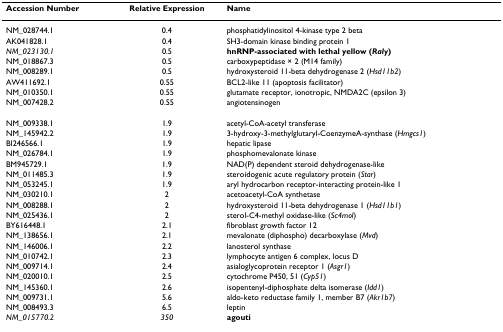
<table><thead><tr><td><b>Accession Number</b></td><td><b>Relative Expression</b></td><td><b>Name</b></td></tr></thead><tbody><tr><td>NM_028744.1</td><td>0.4</td><td>phosphatidylinositol 4-kinase type 2 beta</td></tr><tr><td>AK041828.1</td><td>0.4</td><td>SH3-domain kinase binding protein 1</td></tr><tr><td><i>NM_023130.1</i></td><td>0.5</td><td><b>hnRNP-associated with lethal yellow (<i>Raly</i>)</b></td></tr><tr><td>NM_018867.3</td><td>0.5</td><td>carboxypeptidase × 2 (M14 family)</td></tr><tr><td>NM_008289.1</td><td>0.5</td><td>hydroxysteroid 11-beta dehydrogenase 2 (<i>Hsd11b2</i>)</td></tr><tr><td>AW411692.1</td><td>0.55</td><td>BCL2-like 11 (apoptosis facilitator)</td></tr><tr><td>NM_010350.1</td><td>0.55</td><td>glutamate receptor, ionotropic, NMDA2C (epsilon 3)</td></tr><tr><td>NM_007428.2</td><td>0.55</td><td>angiotensinogen</td></tr><tr><td>NM_009338.1</td><td>1.9</td><td>acetyl-CoA-acetyl transferase</td></tr><tr><td>NM_145942.2</td><td>1.9</td><td>3-hydroxy-3-methylglutaryl-CoenzymeA-synthase (<i>Hmgcs1</i>)</td></tr><tr><td>BI246566.1</td><td>1.9</td><td>hepatic lipase</td></tr><tr><td>NM_026784.1</td><td>1.9</td><td>phosphomevalonate kinase</td></tr><tr><td>BM945729.1</td><td>1.9</td><td>NAD(P) dependent steroid dehydrogenase-like</td></tr><tr><td>NM_011485.3</td><td>1.9</td><td>steroidogenic acute regulatory protein (<i>Star</i>)</td></tr><tr><td>NM_053245.1</td><td>1.9</td><td>aryl hydrocarbon receptor-interacting protein-like 1</td></tr><tr><td>NM_030210.1</td><td>2</td><td>acetoacetyl-CoA synthetase</td></tr><tr><td>NM_008288.1</td><td>2</td><td>hydroxysteroid 11-beta dehydrogenase 1 (<i>Hsd11b1</i>)</td></tr><tr><td>NM_025436.1</td><td>2</td><td>sterol-C4-methyl oxidase-like (<i>Sc4mol</i>)</td></tr><tr><td>BY616448.1</td><td>2.1</td><td>fibroblast growth factor 12</td></tr><tr><td>NM_138656.1</td><td>2.1</td><td>mevalonate (diphospho) decarboxylase (<i>Mvd</i>)</td></tr><tr><td>NM_146006.1</td><td>2.2</td><td>lanosterol synthase</td></tr><tr><td>NM_010742.1</td><td>2.3</td><td>lymphocyte antigen 6 complex, locus D</td></tr><tr><td>NM_009714.1</td><td>2.4</td><td>asialoglycoprotein receptor 1 (<i>Asgr1</i>)</td></tr><tr><td>NM_020010.1</td><td>2.5</td><td>cytochrome P450, 51 (<i>Cyp51</i>)</td></tr><tr><td>NM_145360.1</td><td>2.6</td><td>isopentenyl-diphosphate delta isomerase (<i>Idd1</i>)</td></tr><tr><td>NM_009731.1</td><td>5.6</td><td>aldo-keto reductase family 1, member B7 (<i>Akr1b7</i>)</td></tr><tr><td>NM_008493.3</td><td>6.5</td><td>leptin</td></tr><tr><td><i>NM_015770.2</i></td><td><i>350</i></td><td><b>agouti</b></td></tr></tbody></table>